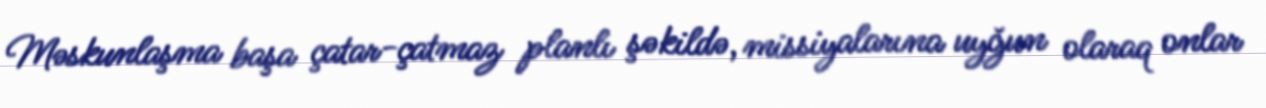
Məskunlaşma başa çatar-çatmaz planlı şəkildə, missiyalarına uyğun olaraq onlar